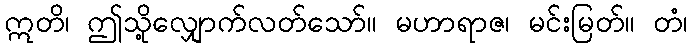
ဣတိ၊ ဤသို့လျှောက်လတ်သော်။ မဟာရာဇ၊ မင်းမြတ်။ တံ၊